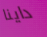
داينا